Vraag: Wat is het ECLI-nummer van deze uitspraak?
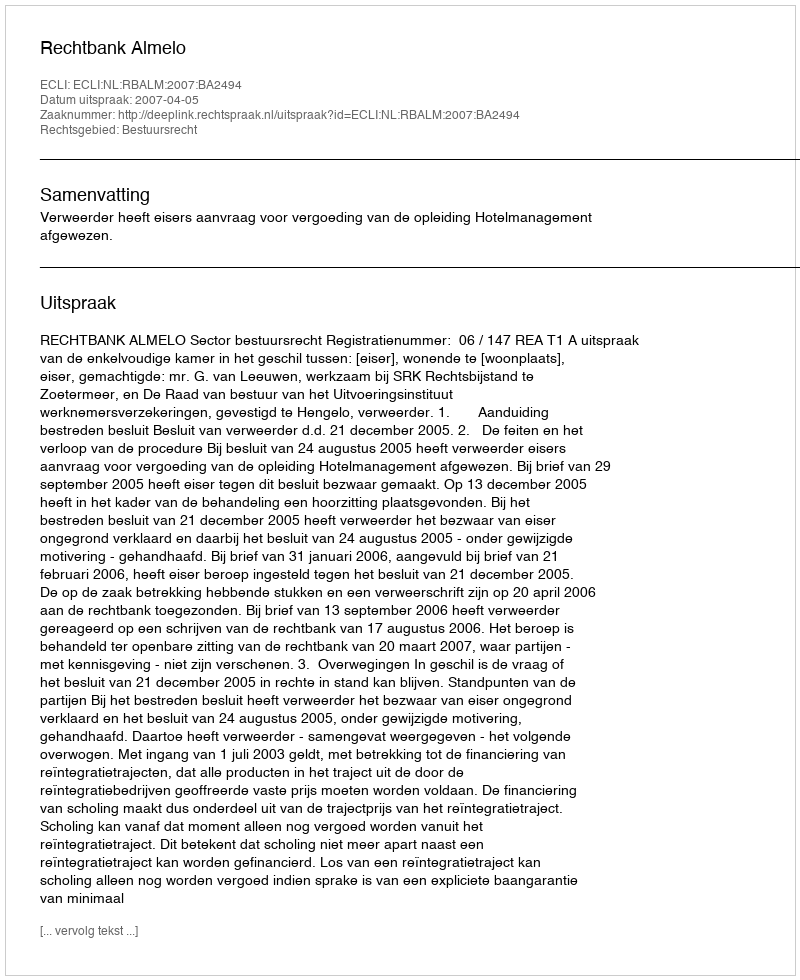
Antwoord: ECLI:NL:RBALM:2007:BA2494